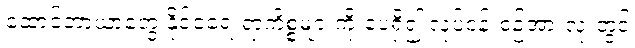
ထောင်ဘာယာတွေ နိုင်ငံရေးရာကိစ္စများကို ပေရှိ၍ လုပ်ငန်းစဉ်အားလုံးတွင်